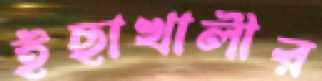
ইছাখালীর